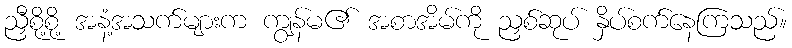
ညှီစို့စို့ အနံ့အသက်များက ကျွန်မ၏ အစာအိမ်ကို ညှစ်ဆုပ် နှိပ်စက်နေကြသည်။